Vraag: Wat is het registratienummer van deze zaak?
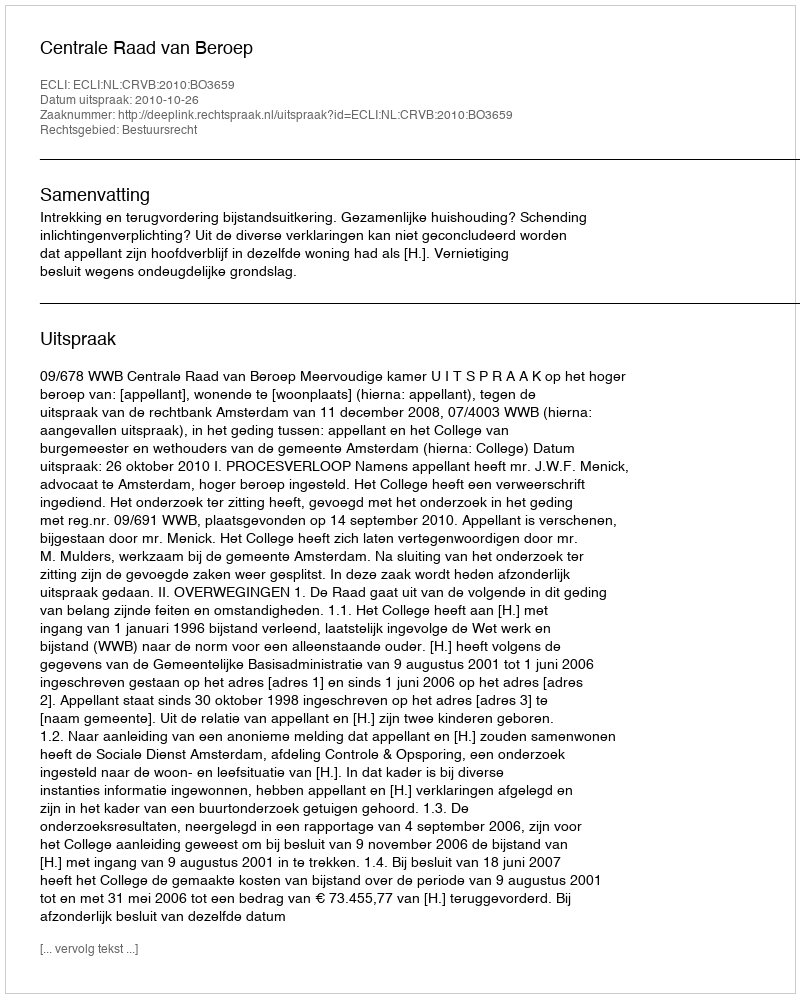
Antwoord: http://deeplink.rechtspraak.nl/uitspraak?id=ECLI:NL:CRVB:2010:BO3659